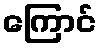
ကြောင်